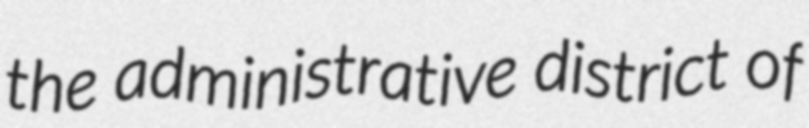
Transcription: the administrative district of